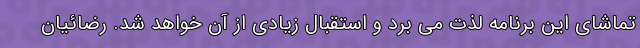
تماشای این برنامه لذت می برد و استقبال زیادی از آن خواهد شد. رضائیان